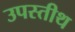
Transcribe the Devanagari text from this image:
उपस्तीथ